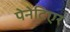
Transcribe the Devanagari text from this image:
पेनेटिएर